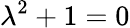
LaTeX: \lambda^{2}+1=0